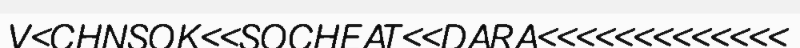
V<CHNSOK<<SOCHEAT<<DARA<<<<<<<<<<<<<